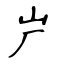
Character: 屵